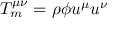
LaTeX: T _ { m } ^ { \mu \nu } = \rho \phi u ^ { \mu } u ^ { \nu }